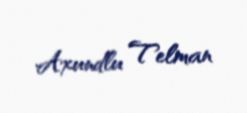
Axundlu Telman